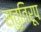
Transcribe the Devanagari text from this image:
स्तुतिरूप